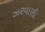
ઝરવાણી